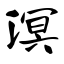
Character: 溟